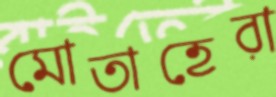
মোতাহেরা